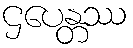
ဌပေန္တဿ